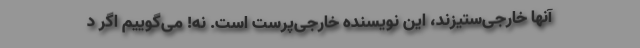
آنها خارجی‌ستیزند، این نویسنده خارجی‌پرست است. نه! می‌گوییم اگر د